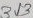
Text: 313